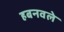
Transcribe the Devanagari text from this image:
हबनवले